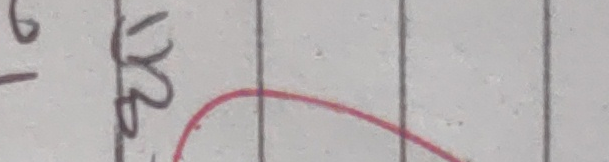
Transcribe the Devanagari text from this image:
६ - युख